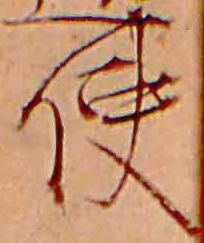
使